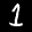
Label: 1